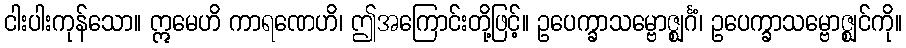
ငါးပါးကုန်သော။ ဣမေဟိ ကာရဏေဟိ၊ ဤအကြောင်းတို့ဖြင့်။ ဥပေက္ခာသမ္ဗောဇ္ဈင်္ဂံ၊ ဥပေက္ခာသမ္ဗောဇ္ဈင်ကို။